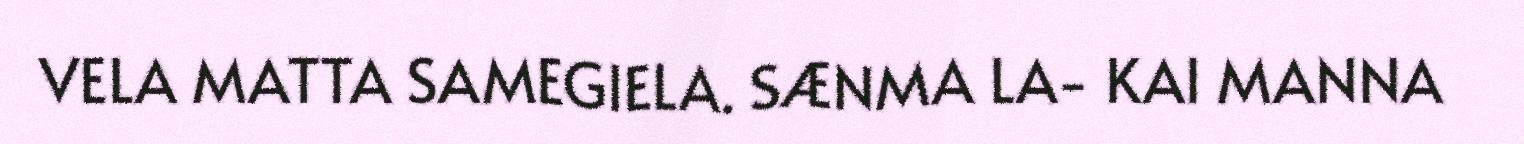
VELA MATTA SAMEGIELA. SÆNMA LA- KAI MANNA